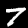
Label: 7